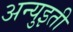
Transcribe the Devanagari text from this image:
अन्युइती